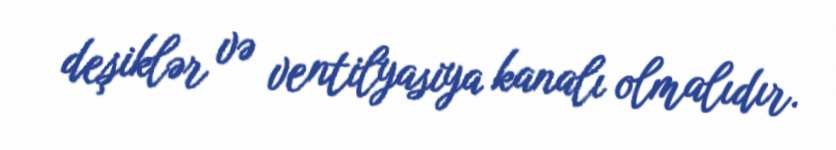
deşiklər və ventilyasiya kanalı olmalıdır.